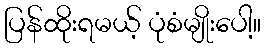
ပြန်ထိုးရမယ့် ပုံစံမျိုးပေါ့။